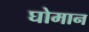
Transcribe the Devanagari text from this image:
घोमान